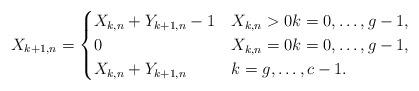
LaTeX: \begin{align*}X_{k+1,n}=\begin{cases}X_{k,n}+Y_{k+1,n}-1 & X_{k,n}>0 k = 0, \dots, g-1,\\0 & X_{k,n}=0 k = 0, \dots, g-1,\\X_{k,n}+Y_{k+1,n} & k = g, \dots, c-1.\end{cases}\end{align*}